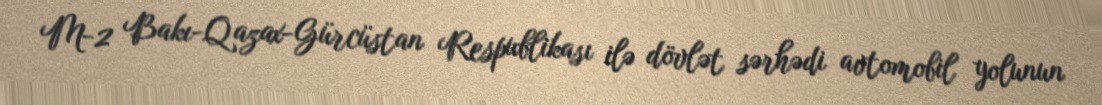
M-2 Bakı-Qazax-Gürcüstan Respublikası ilə dövlət sərhədi avtomobil yolunun